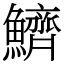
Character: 鱭